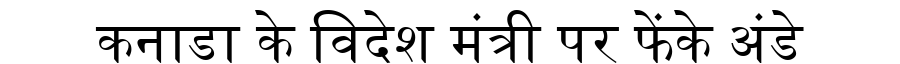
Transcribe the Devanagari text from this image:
कनाडा के विदेश मंत्री पर फेंके अंडे